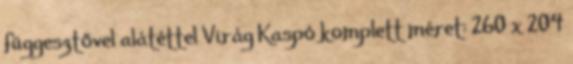
függesztővel alátéttel Virág Kaspó komplett méret: 260 x 204